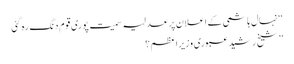
‘‘ نہال ہاشمی کے اعلان پر عدلیہ سمیت پوری قوم دنگ رہ گئی
’’شیخ رشید عبوری وزیراعظم ؟